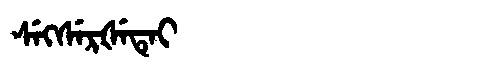
Manchu: ᠰᡝᡴᠰᡝᡵᡧᡝᡨᡝᡳ
Romanization: SEKSERŠETEI